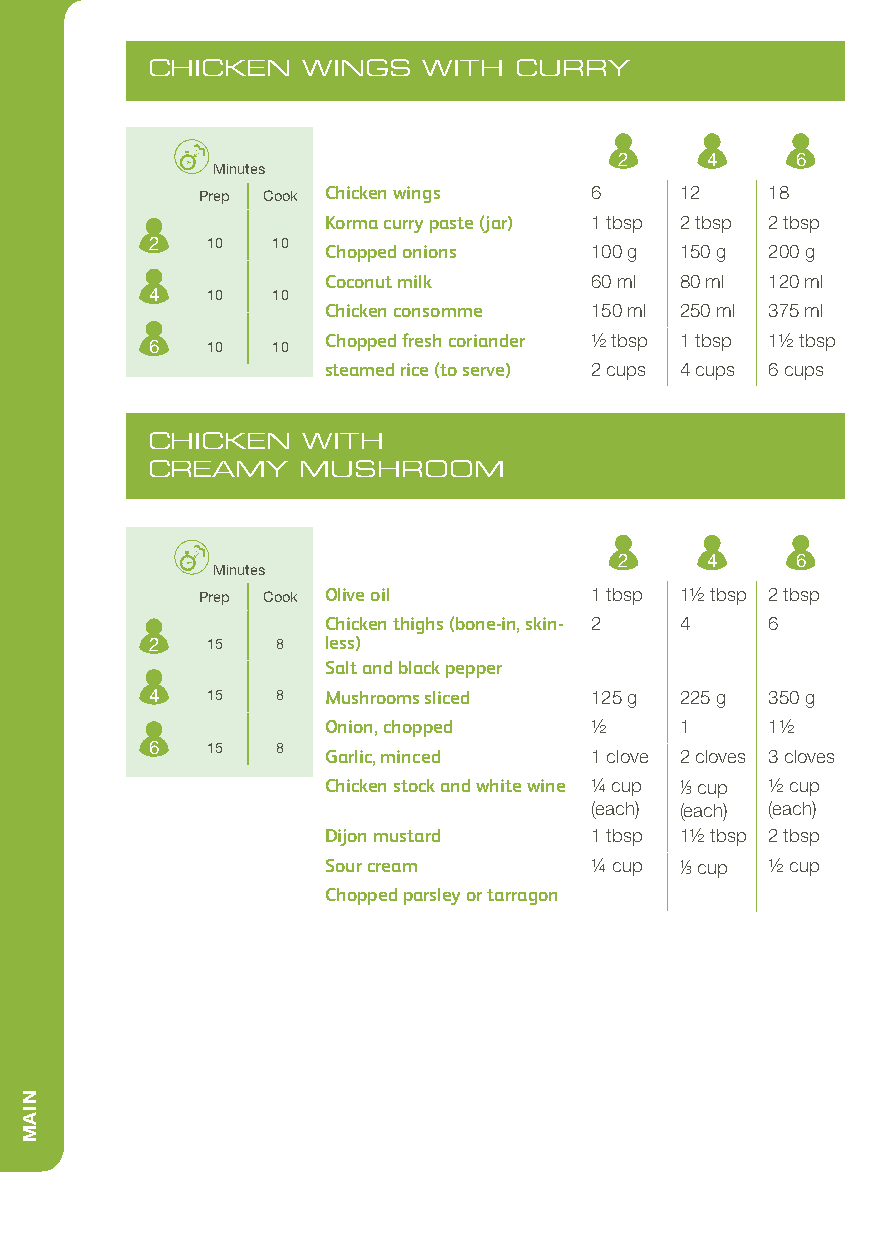
CHICKEN   WINGS   WITH  CURRY
 2     4     6
 Minutes
 Prep Cook Chicken wings   6     12    18
 Korma curry paste (jar) 1 tbsp 2 tbsp 2 tbsp
 2   10  10
 Chopped onions    100 g 150 g 200 g
 Coconut milk      60 ml 80 ml 120 ml
 4   10  10
 Chicken consomme  150 ml 250 ml 375 ml
 Chopped fresh coriander 1/2 tbsp 1 tbsp 11/2 tbsp
 6   10  10
 steamed rice (to serve) 2 cups 4 cups 6 cups
 CHICKEN   WITH
 CREAMY    MUSHROOM
 2     4     6
 Minutes
 Prep Cook Olive oil       1 tbsp 11/2 tbsp 2 tbsp
 Chicken thighs (bone-in, skin- 2 4 6
 2   15  8  less)
 Salt and black pepper
 4   15  8  Mushrooms sliced  125 g 225 g 350 g
 Onion, chopped    1/2   1     11/2
 6   15  8
 Garlic, minced    1 clove 2 cloves 3 cloves
 Chicken stock and white wine 1/4 cup 1/3 cup 1/2 cup
 (each) (each) (each)
 Dijon mustard     1 tbsp 11/2 tbsp 2 tbsp
 Sour cream        1/4 cup 1/3 cup 1/2 cup
 Chopped parsley or tarragon
 NIAM